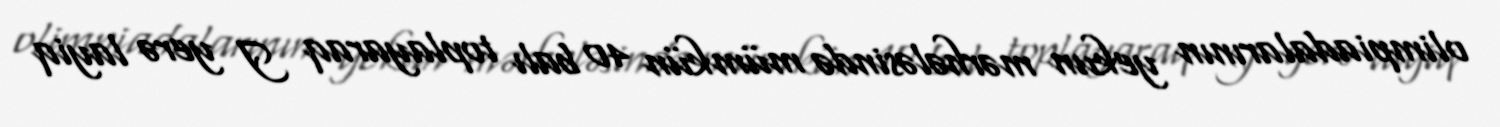
olimpiadalarının yekun mərhələsində mümkün 40 balı toplayaraq I yerə layiq